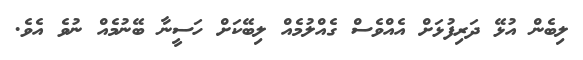
ލިބެން އުޅޭ ދަރިފުޅަށް އެއްވެސް ގެއްލުމެއް ލިބޭކަށް ހަސީނާ ބޭނުމެއް ނުވެ އެވެ.